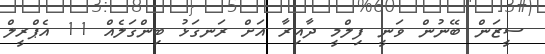
ސީޒަން ބޭނުން ވަނީ ފިލްމީ ދާއިރާ އަށް ރަނގަޅު ބިންގަލެއް 11 އެޕްރީލް